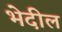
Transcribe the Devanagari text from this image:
भेदील